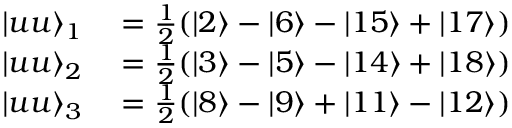
\begin{array} { r l } { \vert u u \rangle _ { 1 } } & { { } = \frac { 1 } { 2 } ( \vert 2 \rangle - \vert 6 \rangle - \vert 1 5 \rangle + \vert 1 7 \rangle ) } \\ { \vert u u \rangle _ { 2 } } & { { } = \frac { 1 } { 2 } ( \vert 3 \rangle - \vert 5 \rangle - \vert 1 4 \rangle + \vert 1 8 \rangle ) } \\ { \vert u u \rangle _ { 3 } } & { { } = \frac { 1 } { 2 } ( \vert 8 \rangle - \vert 9 \rangle + \vert 1 1 \rangle - \vert 1 2 \rangle ) } \end{array}